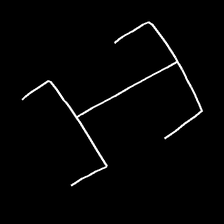
Glyph: entwine